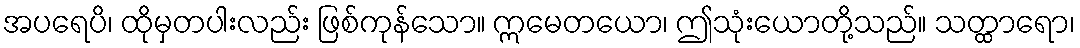
အပရေပိ၊ ထိုမှတပါးလည်း ဖြစ်ကုန်သော။ ဣမေတယော၊ ဤသုံးယောတို့သည်။ သတ္ထာရော၊